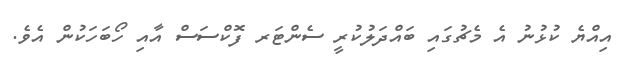
އިއްޔެ ކުޅުނު އެ މެޗުގައި ބައްދަލުކުރީ ސެންޓަރ ފޮކްސަސް އާއި ހޯބަހަކުން އެވެ.